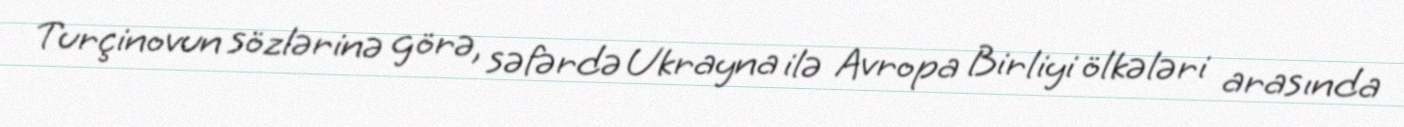
Turçinovun sözlərinə görə, səfərdə Ukrayna ilə Avropa Birliyi ölkələri arasında